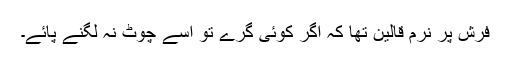
فرش پر نرم قالین تھا کہ اگر کوئی گرے تو اسے چوٹ نہ لگنے پائے۔